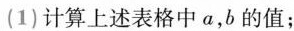
(1)计算上述表格中a，b的值；